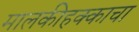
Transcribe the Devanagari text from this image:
मालकीहक्काचा